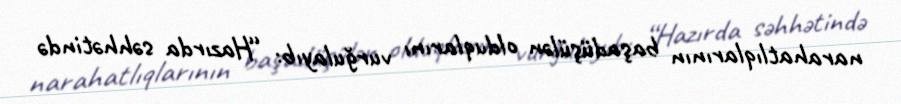
narahatlıqlarının başadüşülən olduqlarını vurğulayıb: “Hazırda səhhətində